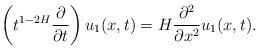
LaTeX: \begin{align*}\left(t^{1-2H}\frac{\partial}{\partial t}\right) u_{1}(x,t)=H\frac{\partial^2}{\partial x^2}u_{1}(x,t).\end{align*}